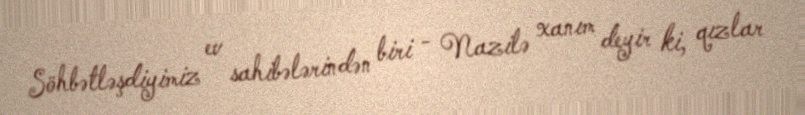
Söhbətləşdiyimiz ev sahibələrindən biri - Nazilə xanım deyir ki, qızlar